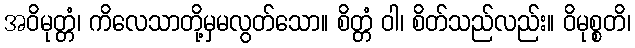
အဝိမုတ္တံ၊ ကိလေသာတို့မှမလွတ်သော။ စိတ္တံ ဝါ၊ စိတ်သည်လည်း။ ဝိမုစ္စတိ၊